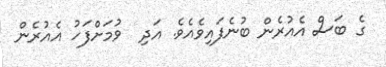
ގެ ބަސް އެއުރެން ބުނެފައިވެއެވެ. އަދި  ވުމަށްފަހު އެއުރެން